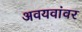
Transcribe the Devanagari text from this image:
अवयवांवर